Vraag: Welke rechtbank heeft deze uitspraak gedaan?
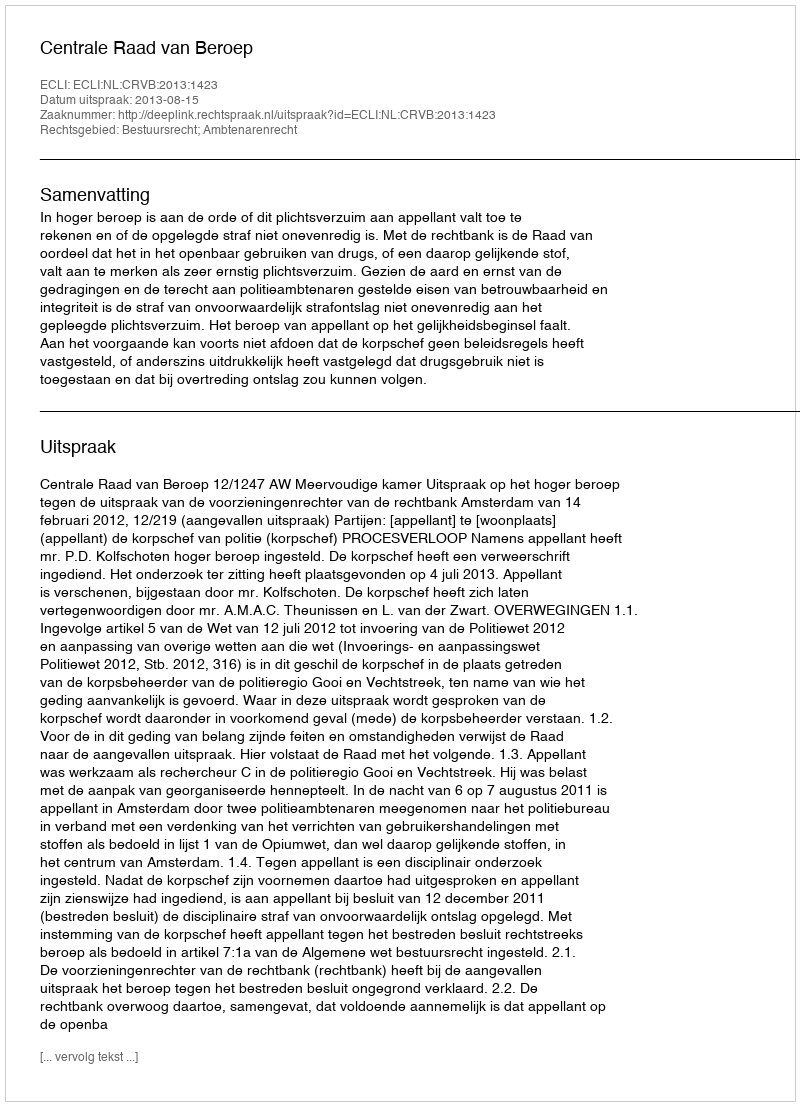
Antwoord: Centrale Raad van Beroep